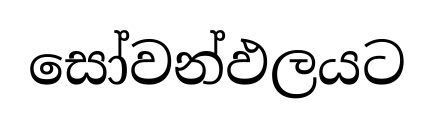
සෝවන්ඵලයට